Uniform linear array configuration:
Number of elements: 8
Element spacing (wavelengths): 0.75
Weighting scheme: uniform
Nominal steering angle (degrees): -15
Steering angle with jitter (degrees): -15.237
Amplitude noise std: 0.05
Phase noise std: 0.05

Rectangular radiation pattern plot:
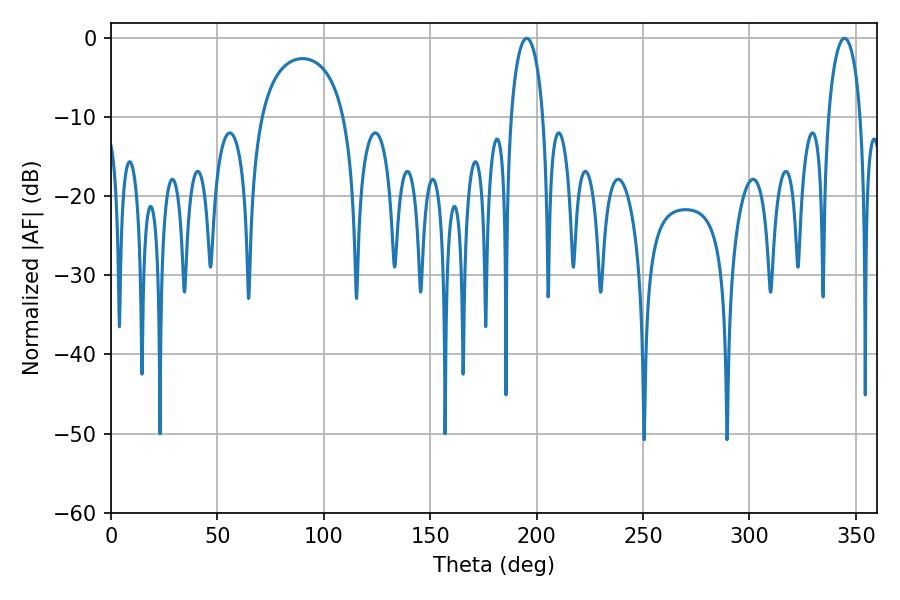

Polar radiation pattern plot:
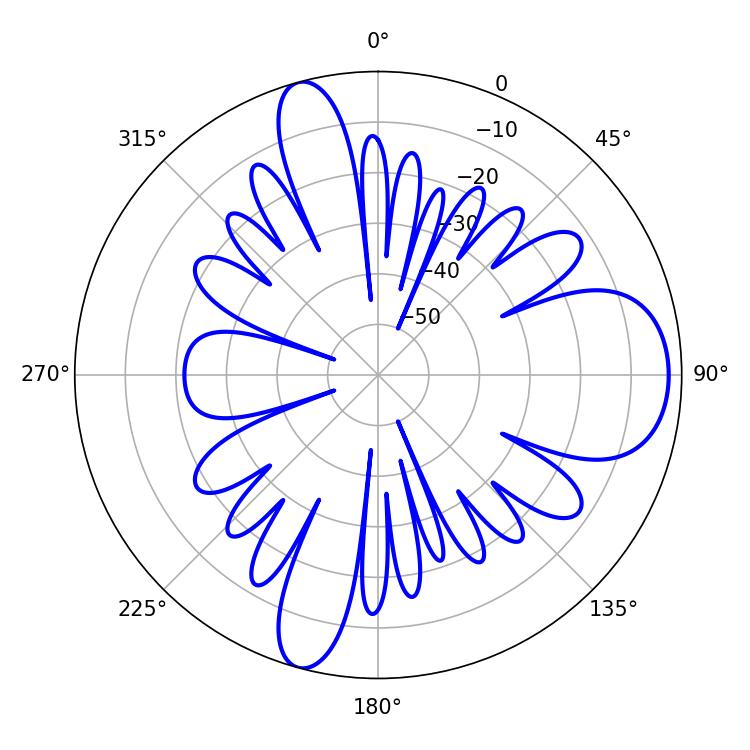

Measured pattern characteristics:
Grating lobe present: TRUE
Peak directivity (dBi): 10.485
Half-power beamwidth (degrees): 8.64
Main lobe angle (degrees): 195.3